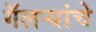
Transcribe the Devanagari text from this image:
गॅलऱ्यांचे